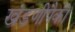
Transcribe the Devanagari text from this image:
खंडणीपैकी